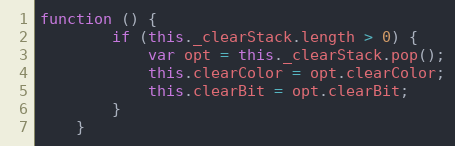
Language: JavaScript
function () {
        if (this._clearStack.length > 0) {
            var opt = this._clearStack.pop();
            this.clearColor = opt.clearColor;
            this.clearBit = opt.clearBit;
        }
    }